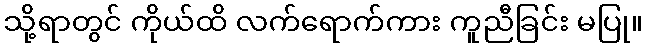
သို့ရာတွင် ကိုယ်ထိ လက်ရောက်ကား ကူညီခြင်း မပြု။